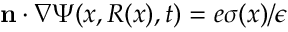
\mathbf { n } \cdot \nabla \Psi ( x , R ( x ) , t ) = e \sigma ( x ) / \epsilon